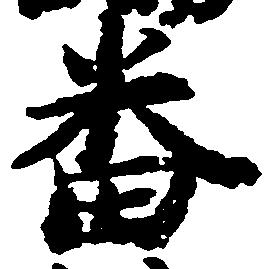
番